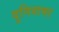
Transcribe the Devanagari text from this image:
दुनियाभऱ